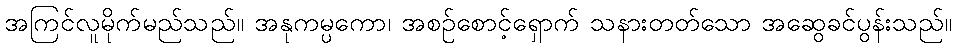
အကြင်လူမိုက်မည်သည်။ အနုကမ္ပကော၊ အစဉ်စောင့်ရှောက် သနားတတ်သော အဆွေခင်ပွန်းသည်။